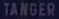
TANGER